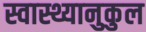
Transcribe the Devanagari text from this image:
स्वास्थ्यानुकुल